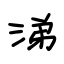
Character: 涕